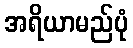
အရိယာမည်ပုံ